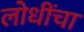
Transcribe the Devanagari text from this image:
लोधींचा